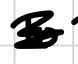
Text: to
Cross-out: scratch
Writing tool: digital_black